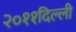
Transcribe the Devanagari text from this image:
२०११दिल्ली